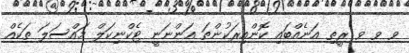
ވ ވ ވ ރީތި އަނެއްބައި ކޮންއިރަކުންތަ އަންނަނީ ޓެކްނިކަލް މައްސަލަ ތަކެއް